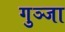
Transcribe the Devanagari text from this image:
गुञ्जा